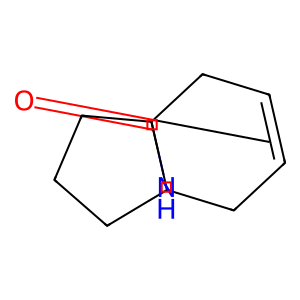
SMILES: O=C1NC23CC=CCC12CCC3
Inhibits HIV replication: No